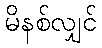
မိနစ်လျှင်